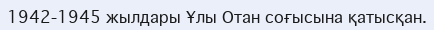
1942-1945 жылдары Ұлы Отан соғысына қатысқан.